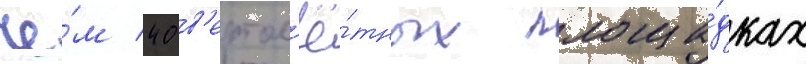
че́м 40 в'ертол'ё́тных площа́дках